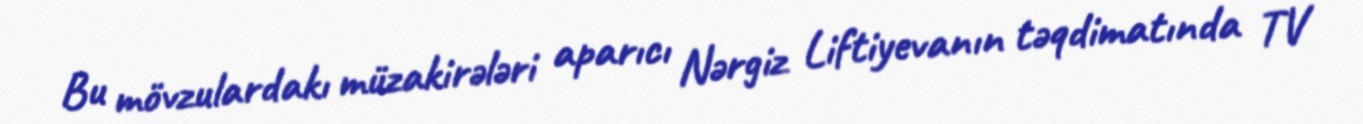
Bu mövzulardakı müzakirələri aparıcı Nərgiz Liftiyevanın təqdimatında TV